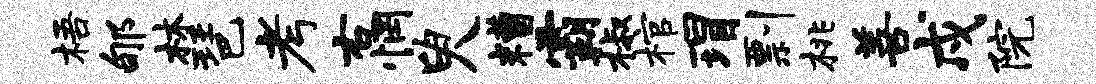
梧郇林琶考右惘臾糟霸椒棺瑁剽桃善戍院